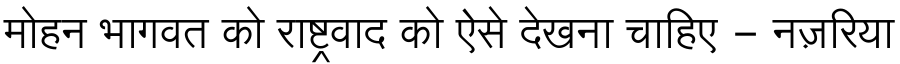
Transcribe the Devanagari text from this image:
मोहन भागवत को राष्ट्रवाद को ऐसे देखना चाहिए - नज़रिया